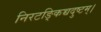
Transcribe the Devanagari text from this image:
निरटङ्किच्चदुष्टम्।